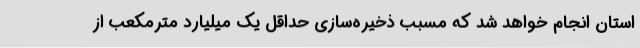
استان انجام خواهد شد که مسبب ذخیره‌سازی حداقل یک میلیارد مترمکعب از